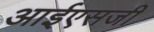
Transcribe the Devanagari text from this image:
आईएसजी